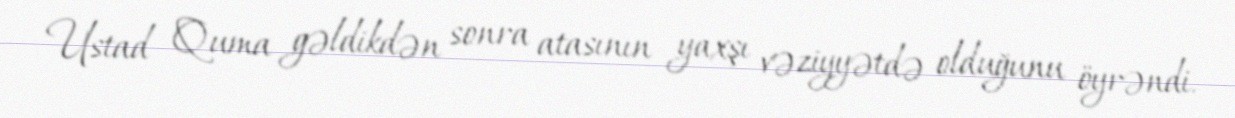
Ustad Quma gəldikdən sonra atasının yaxşı vəziyyətdə olduğunu öyrəndi.